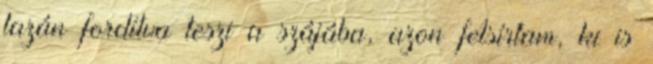
lazán fordítva teszi a szájába, azon felsírtam, ki is